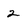
Character: 2